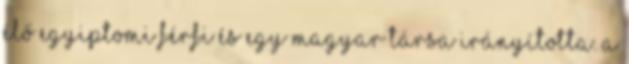
élő egyiptomi férfi és egy magyar társa irányította. A